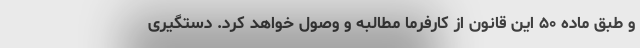
و طبق ماده ۵۰ این قانون از کارفرما مطالبه و وصول خواهد کرد. دستگیری